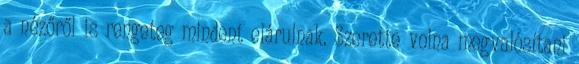
a nézőről is rengeteg mindent elárulnak. Szerette volna megvalósítani